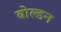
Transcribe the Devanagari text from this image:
बोल्डन